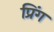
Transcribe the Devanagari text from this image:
प्रिंग